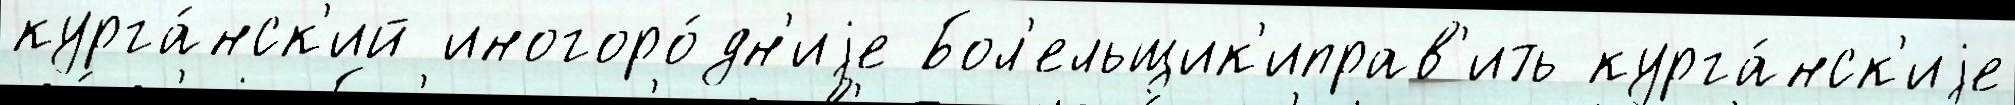
курга́нск'ий иногоро́дн'иjе Бол'ельщик'иправ'ить курга́нск'иjе